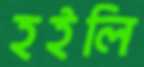
হইলি